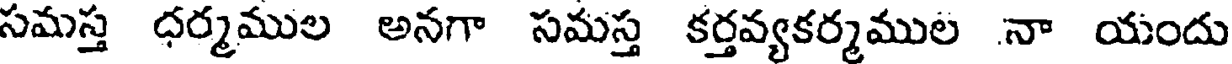
సమస్త ధర్మముల అనగా సమస్త కర్తవ్యకర్మముల నా యందు